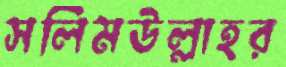
সলিমউল্লাহর